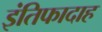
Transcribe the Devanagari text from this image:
इंतिफादाह